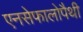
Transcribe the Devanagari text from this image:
एनसेफालोपैथी